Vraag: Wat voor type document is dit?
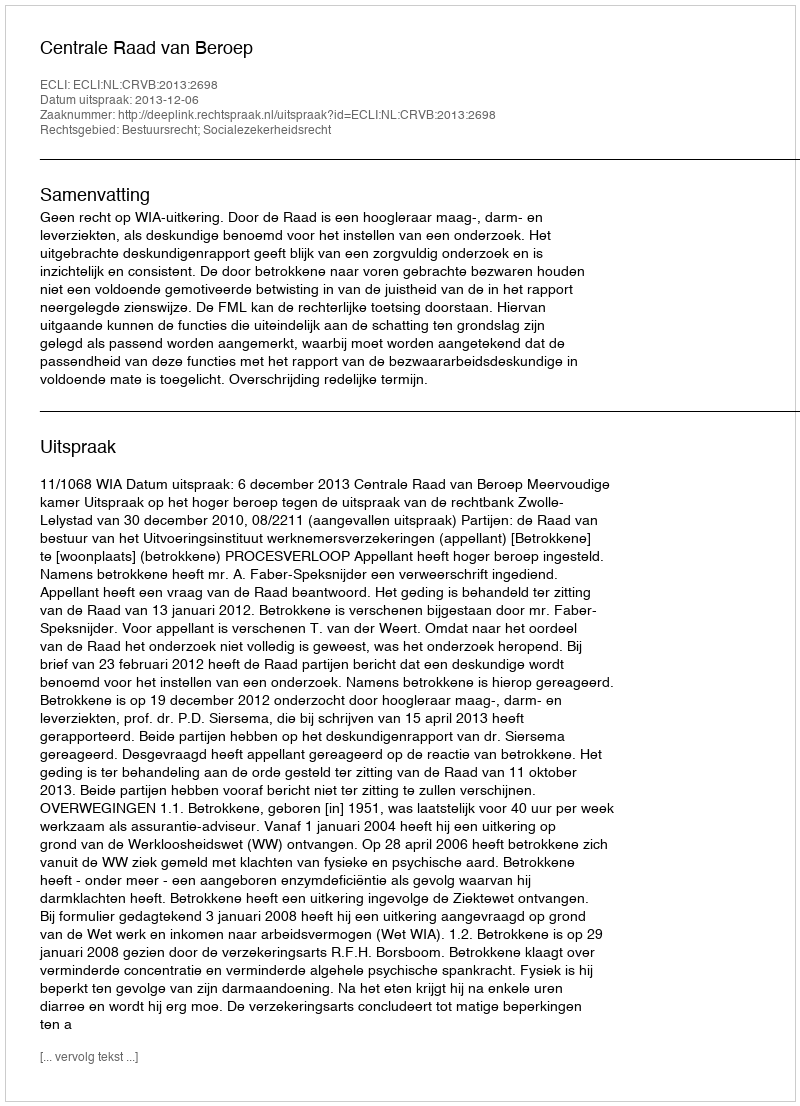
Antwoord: Uitspraak